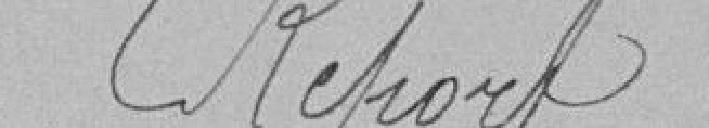
Report